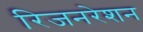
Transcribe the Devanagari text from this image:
रिजनरेशन